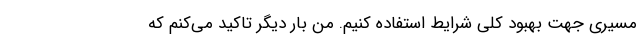
مسیری جهت بهبود کلی شرایط استفاده کنیم. من بار دیگر تاکید می‌کنم که